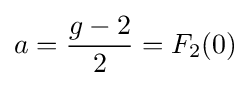
a={\frac {g-2}{2}}=F_{2}(0)